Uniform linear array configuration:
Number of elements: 64
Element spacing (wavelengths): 0.25
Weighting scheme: exponential
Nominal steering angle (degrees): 30
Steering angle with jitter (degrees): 29.558
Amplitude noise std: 0.05
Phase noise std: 0.05

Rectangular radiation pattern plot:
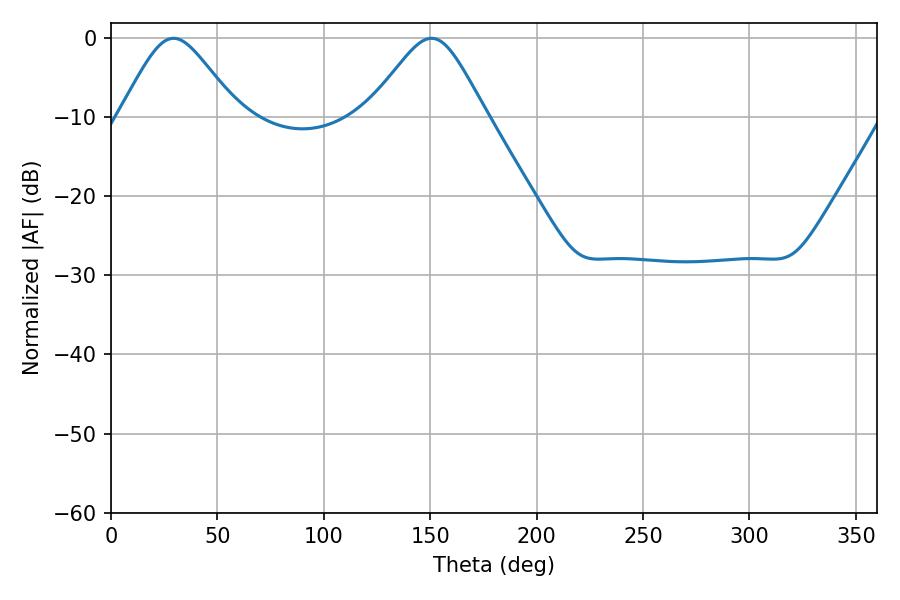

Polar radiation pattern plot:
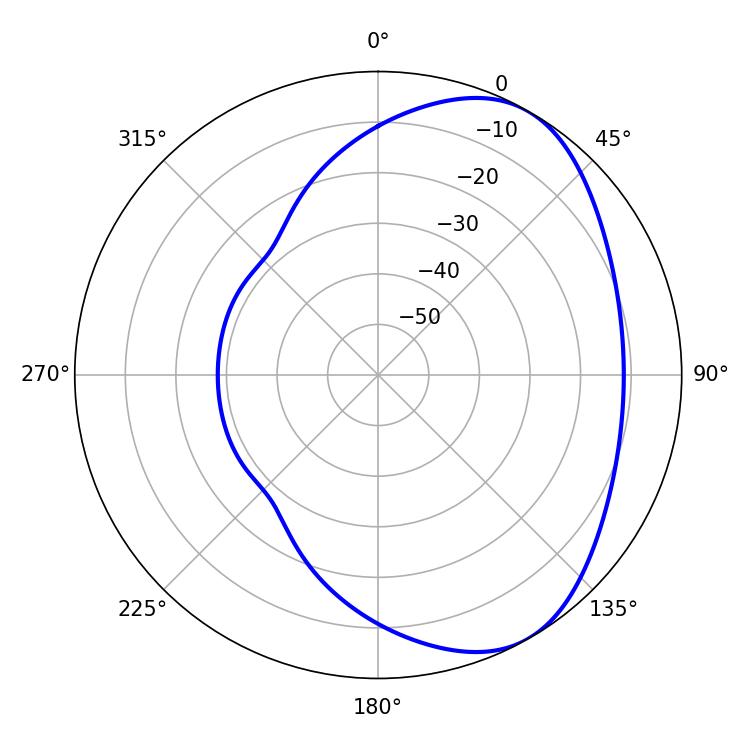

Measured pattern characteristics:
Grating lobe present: FALSE
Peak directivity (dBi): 5.114
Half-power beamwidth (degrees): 27
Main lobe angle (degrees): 29.34